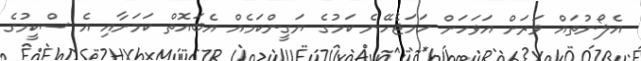
އެލޯނުތައް ވަރަށް އަވަހަށް ހަމަޖެހޭނެ ކަމުގެ ޔަގީންކަމެއް އެބައޮތް ކަމަށާއި އެ ސްކީމުގެ